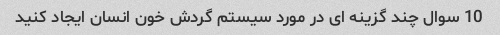
10 سوال چند گزینه ای در مورد سیستم گردش خون انسان ایجاد کنید